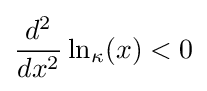
{\frac {d^{2}}{dx^{2}}}\ln _{\kappa }(x)<0